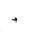
Letter: _dal